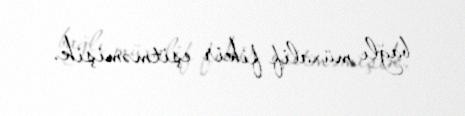
bağlı müxalif fikir eşitməmişik.